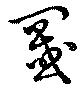
罭